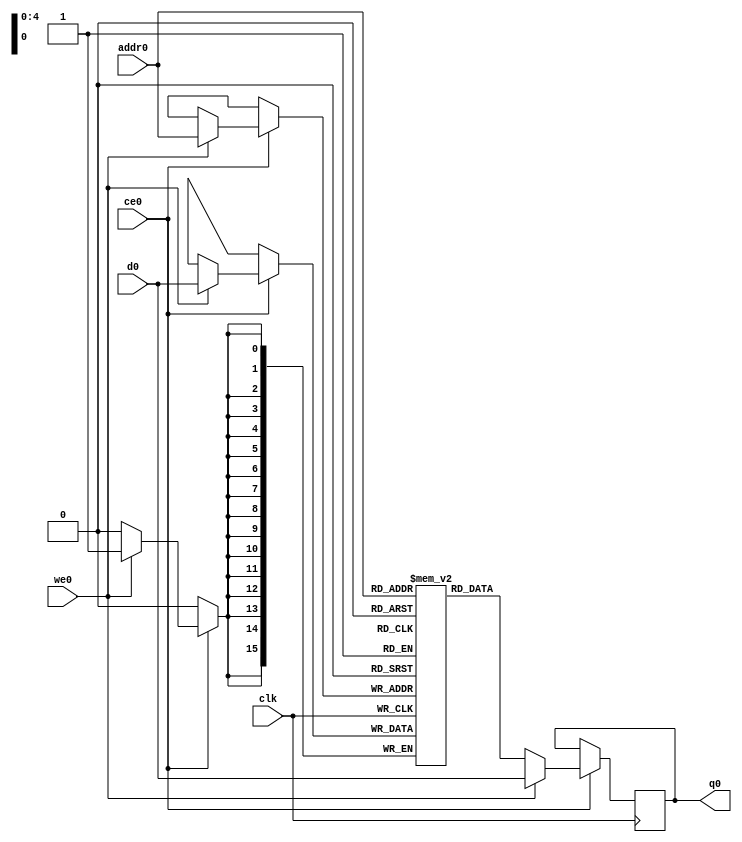
// ==============================================================
// File generated by Vivado(TM) HLS - High-Level Synthesis from C, C++ and SystemC
// Version: 2017.4
// Copyright (C) 1986-2017 Xilinx, Inc. All Rights Reserved.
// 
// ==============================================================

`timescale 1 ns / 1 ps
module conv_16_18_out_vabkb_ram (addr0, ce0, d0, we0, q0,  clk);

parameter DWIDTH = 16;
parameter AWIDTH = 5;
parameter MEM_SIZE = 32;

input[AWIDTH-1:0] addr0;
input ce0;
input[DWIDTH-1:0] d0;
input we0;
output reg[DWIDTH-1:0] q0;
input clk;

(* ram_style = "distributed" *)reg [DWIDTH-1:0] ram[0:MEM_SIZE-1];




always @(posedge clk)  
begin 
    if (ce0) 
    begin
        if (we0) 
        begin 
            ram[addr0] <= d0; 
            q0 <= d0;
        end 
        else 
            q0 <= ram[addr0];
    end
end


endmodule


`timescale 1 ns / 1 ps
module conv_16_18_out_vabkb(
    reset,
    clk,
    address0,
    ce0,
    we0,
    d0,
    q0);

parameter DataWidth = 32'd16;
parameter AddressRange = 32'd32;
parameter AddressWidth = 32'd5;
input reset;
input clk;
input[AddressWidth - 1:0] address0;
input ce0;
input we0;
input[DataWidth - 1:0] d0;
output[DataWidth - 1:0] q0;



conv_16_18_out_vabkb_ram conv_16_18_out_vabkb_ram_U(
    .clk( clk ),
    .addr0( address0 ),
    .ce0( ce0 ),
    .d0( d0 ),
    .we0( we0 ),
    .q0( q0 ));

endmodule